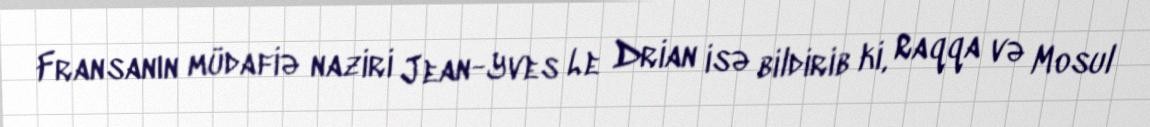
Fransanın müdafiə naziri Jean-Yves Le Drian isə bildirib ki, Raqqa və Mosul